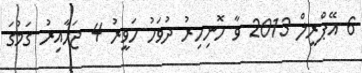
6 އޭޕްރީލް 2013 ވާ ހޮނިހިރު ދުވަހު ހަވީރު 4 ޖަހާއިރު ގަމުގަ